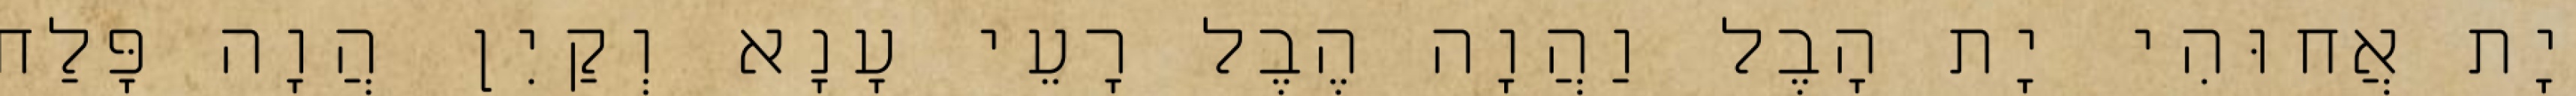
יָת אֲחוּהִי יָת הָבֶל וַהֲוָה הֶבֶל רָעֵי עָנָא וְקַיִן הֲוָה פָּלַח